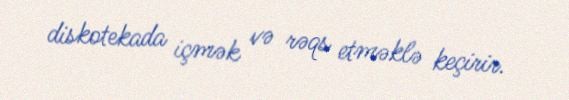
diskotekada içmək və rəqs etməklə keçirir.